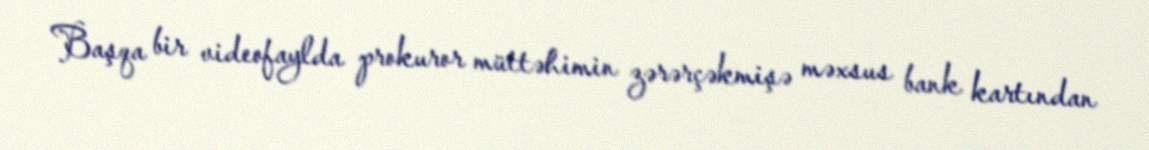
Başqa bir videofaylda prokuror müttəhimin zərərçəkmişə məxsus bank kartından